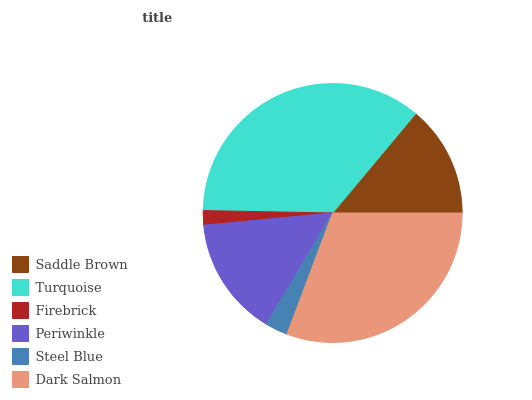
| Saddle Brown | Turquoise | Firebrick | Periwinkle | Steel Blue | Dark Salmon |
 | --- | --- | --- | --- | --- | --- |
 | 13.9% | 35.8% | 1.8% | 15% | 2.8% | 30.7% |